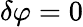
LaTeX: \delta\varphi=0